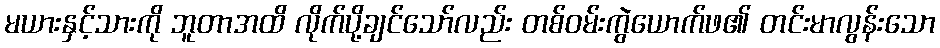
မယားနှင့်သားကို ဘူတာအထိ လိုက်ပို့ချင်သော်လည်း တစ်ဝမ်းကွဲယောက်ဖ၏ တင်းမာလွန်းသော